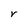
Character: r